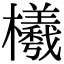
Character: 㰕